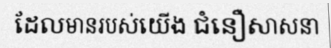
ដែលមានរបស់យើង ជំនឿសាសនា